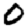
Digit: 0